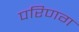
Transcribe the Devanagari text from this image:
परिणग